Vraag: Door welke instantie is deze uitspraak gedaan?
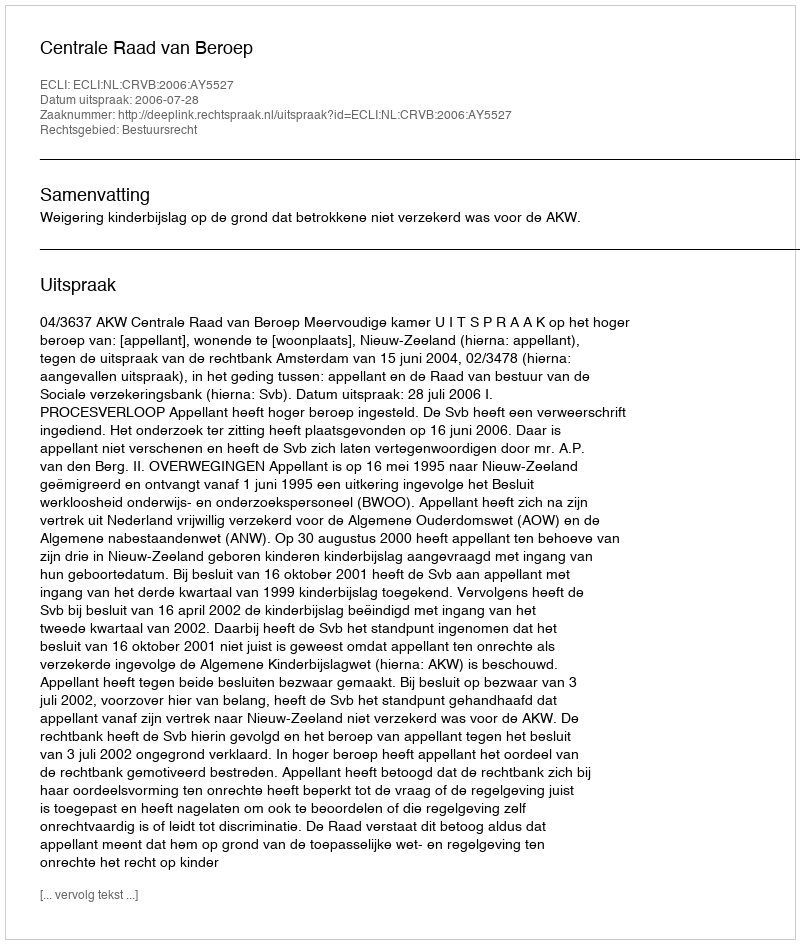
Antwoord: Centrale Raad van Beroep